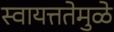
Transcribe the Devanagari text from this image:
स्वायत्ततेमुळे